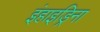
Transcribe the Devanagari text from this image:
इंहाइड्रिना